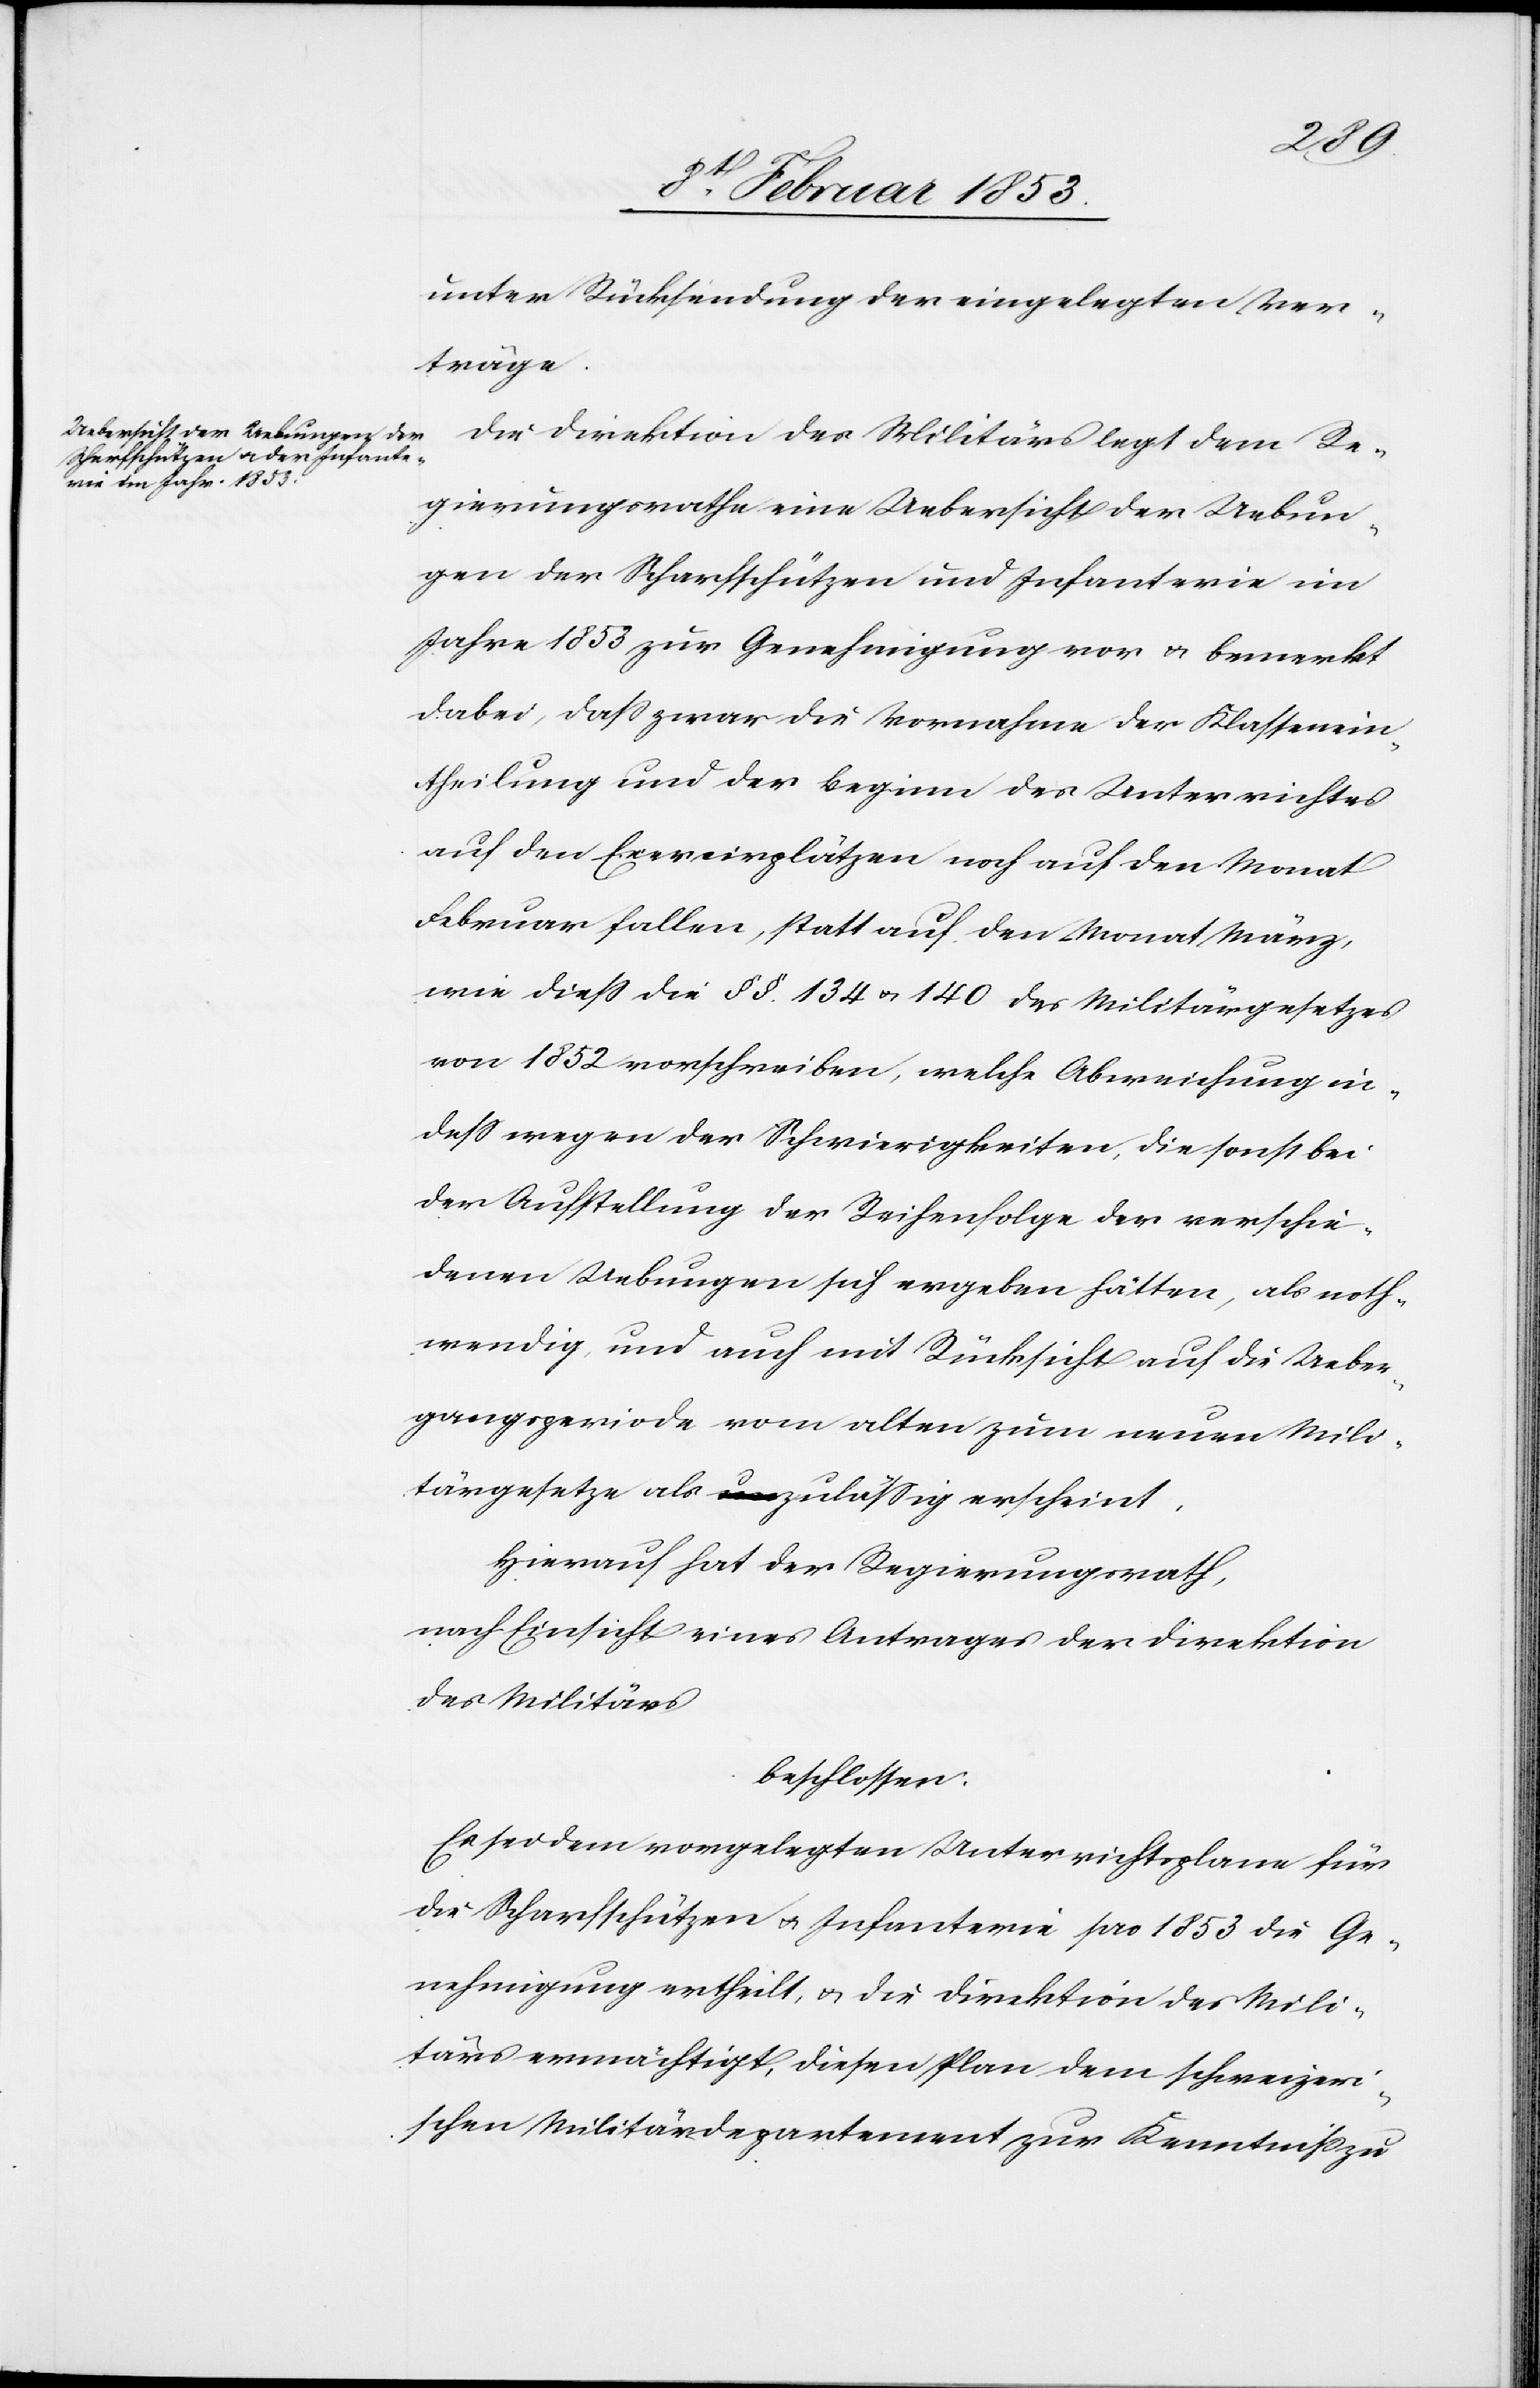
noth¬
Die Direktion des Militärs legt dem Re¬
gierungsrathe eine Uebersicht der Uebun¬
gen der Scharfschützen und Infanterie im
Jahre 1853 zur Genehmigung vor u. bemerkt
dabei, daß zwar die Vornahme der Klassen¬
theilung und der Beginn des Unterrichtes
auf den Exercierplätzen noch auf den Monat
Februar fallen, statt auf den Monat März,
wie dieß die §§ 134 u. 140 des Militärgesetzes
von 1852 vorschreiben, welche Abweichung in¬
deß wegen der Schwierigkeiten, die sonst bei
wendig, und auch mit Rücksicht auf die Ueber¬
gangsperiode vom alten zum neuen Mili¬
tärgesetze als zuläßig erscheint.
Hierauf hat der Regierungsrath,
nach Einsicht eines Antrages der Direktion
des Militärs
beschlossen:
Es sei dem vorgelegten Unterrichtsplan für
die Scharfschützen u. Infanterie pro 1853 die Ge¬
nehmigung ertheilt, u. die Direktion des Mili¬
tärs ermächtigt, diesen Plan dem schweizeri¬
schen Militärdepartement zur Kenntniß zu